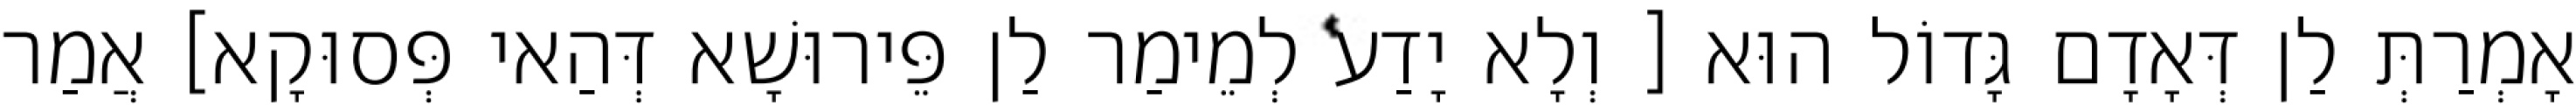
אָמְרַתְּ לַן דְּאָדָם גָּדוֹל הוּא [ וְלָא יָדַע לְמֵימַר לַן פֵּירוּשָׁא דְּהַאי פְּסוּקָא] אֲמַר